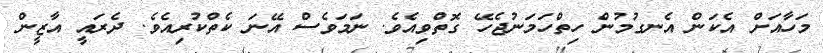
މަހާއަށް އެކަން އެނގުމުން ހިތްހަމަނުޖެހޭ ގޮތްވިއެވެ. ނަމަވެސް އޭނަ ކެތްކުރިއެވެ. ދެރައީ އާޒީން